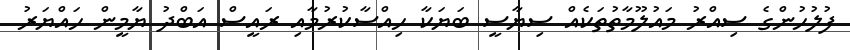
ފުލުހުންގެ ސިއްރު މައުލޫމާތުތަކެއް ސިޔާސީ ބަޔަކާ ހިއްސާކުރުމާއި ރައީސް އަބްދު ޔާމީން ހައްޔަރު